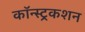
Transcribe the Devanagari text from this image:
कॉन्स्ट्रकशन